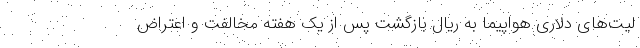
لیت‌های دلاری هواپیما به ریال بازگشت پس از یک هفته مخالفت و اعتراض